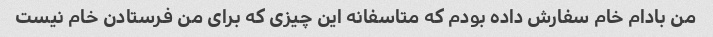
من بادام خام سفارش داده بودم که متاسفانه این چیزی که برای من فرستادن خام نیست